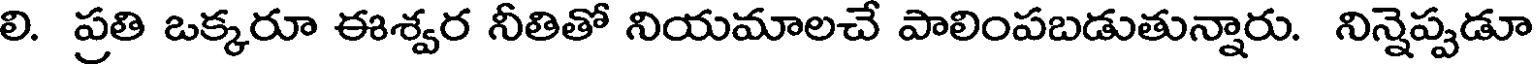
లి. ప్రతి ఒక్కరూ ఈశ్వర నీతితో నియమాలచే పాలింపబడుతున్నారు. నిన్నెప్పడూ